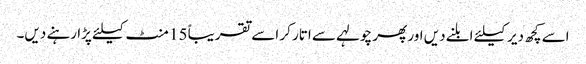
اسے کچھ دیر کیلئے ابلنے دیں اور پھر چولہے سے اتار کر اسے تقریباً 15 منٹ کیلئے پڑا رہنے دیں۔